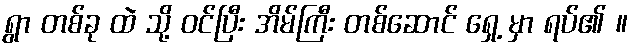
ရွာ တစ်ခု ထဲ သို့ ဝင်ပြီး အိမ်ကြီး တစ်ဆောင် ရှေ့ မှာ ရပ်၏ ။